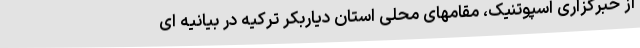
از خبرگزاری اسپوتنیک، مقامهای محلی استان دیاربکر ترکیه در بیانیه ای